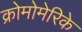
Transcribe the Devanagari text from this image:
क्रोमोमेरिके